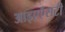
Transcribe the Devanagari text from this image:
आइएऍसटी